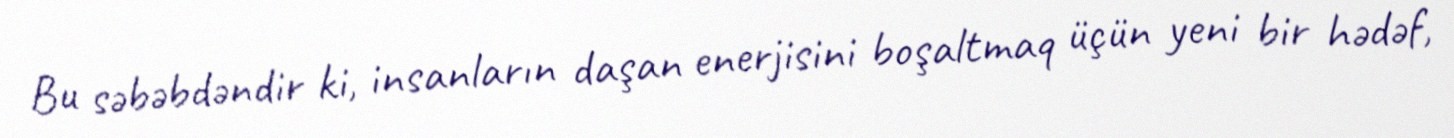
Bu səbəbdəndir ki, insanların daşan enerjisini boşaltmaq üçün yeni bir hədəf,